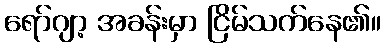
ရော်ဂျာ့ အခန်းမှာ ငြိမ်သက်နေ၏။